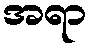
အရာ